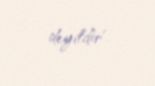
deyildir".